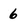
Character: 6